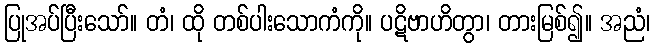
ပြုအပ်ပြီးသော်။ တံ၊ ထို တစ်ပါးသောကံကို။ ပဋိဗာဟိတွာ၊ တားမြစ်၍။ အညံ၊